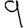
Digit: 9